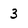
Character: 3